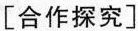
[合作探究]